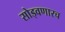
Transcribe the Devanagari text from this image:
सोड्वणारच